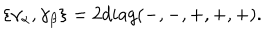
\{ \gamma _ { \alpha } , \gamma _ { \beta } \} = 2 d i a g ( - , - , + , + , + ) .